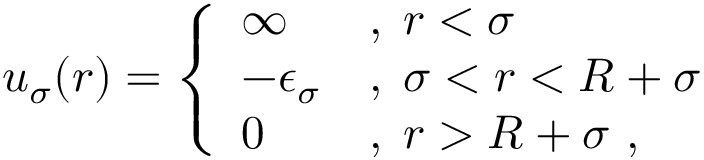
u _ { \sigma } ( r ) = \left\{ \begin{array} { l l } { \infty } & { , \; r < \sigma } \\ { - \epsilon _ { \sigma } } & { , \; \sigma < r < R + \sigma } \\ { 0 } & { , \; r > R + \sigma ~ , } \end{array} \right.